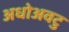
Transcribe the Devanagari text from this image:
अधोअवटु